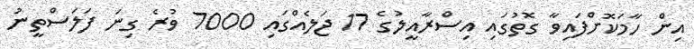
އިން ހާމަކޮށްފައިވާ ގޮތުގައި އިސްރާއީލުގެ 17 ޖަލެއްގައި 7000 ވުރެ ގިނަ ފަލަސްތީނު